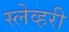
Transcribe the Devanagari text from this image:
स्लेव्हरी